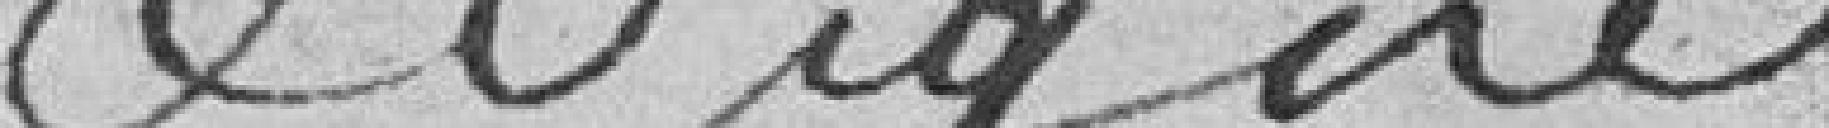
et signé